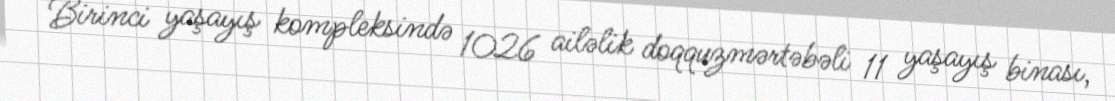
Birinci yaşayış kompleksində 1026 ailəlik doqquzmərtəbəli 11 yaşayış binası,